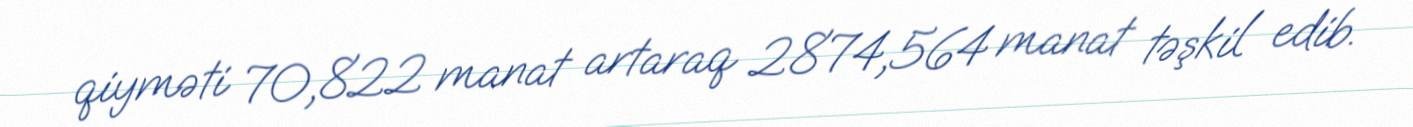
qiyməti 70,822 manat artaraq 2874,564 manat təşkil edib.